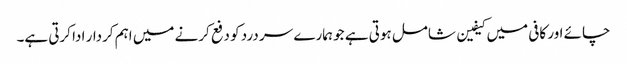
چائے اور کافی میں کیفین شامل ہوتی ہے جو ہمارے سر درد کو دفع کرنے میں اہم کردار ادا کرتی ہے۔